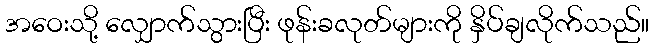
အဝေးသို့ လျှောက်သွားပြီး ဖုန်းခလုတ်များကို နှိပ်ချလိုက်သည်။